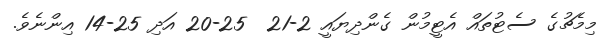
މިމެޗުގެ ސެޓުތައް އެޓީމުން ގެންދިޔައީ 2-21  25-20 އަަދި 25-14 އިންނެވެ.